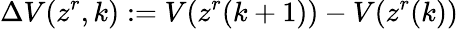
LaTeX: \Delta V(z^{r},k):=V(z^{r}(k+1))-V(z^{r}(k))